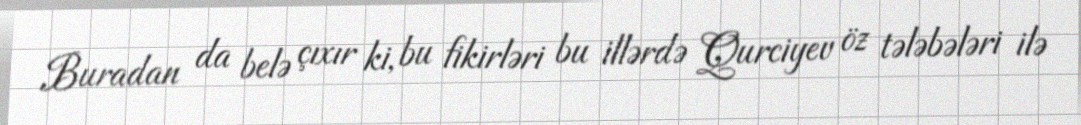
Buradan da belə çıxır ki, bu fikirləri bu illərdə Qurciyev öz tələbələri ilə